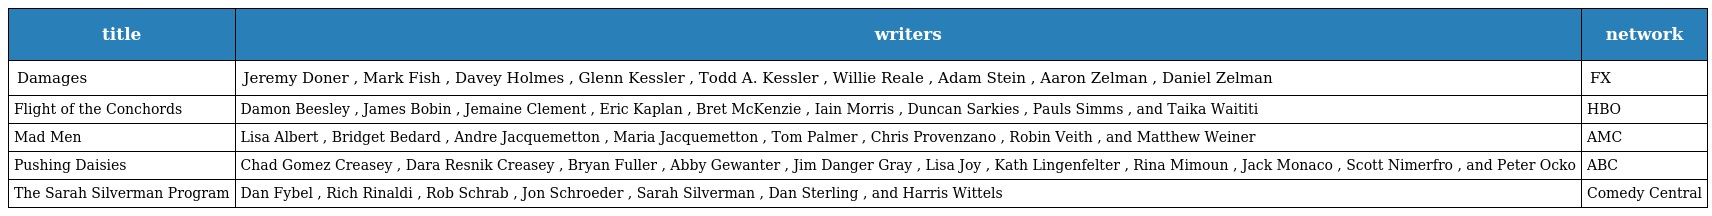
| title | writers | network |
 | --- | --- | --- |
 | Damages | Jeremy Doner , Mark Fish , Davey Holmes , Glenn Kessler , Todd A. Kessler , Willie Reale , Adam Stein , Aaron Zelman , Daniel Zelman | FX |
 | Flight of the Conchords | Damon Beesley , James Bobin , Jemaine Clement , Eric Kaplan , Bret McKenzie , Iain Morris , Duncan Sarkies , Pauls Simms , and Taika Waititi | HBO |
 | Mad Men | Lisa Albert , Bridget Bedard , Andre Jacquemetton , Maria Jacquemetton , Tom Palmer , Chris Provenzano , Robin Veith , and Matthew Weiner | AMC |
 | Pushing Daisies | Chad Gomez Creasey , Dara Resnik Creasey , Bryan Fuller , Abby Gewanter , Jim Danger Gray , Lisa Joy , Kath Lingenfelter , Rina Mimoun , Jack Monaco , Scott Nimerfro , and Peter Ocko | ABC |
 | The Sarah Silverman Program | Dan Fybel , Rich Rinaldi , Rob Schrab , Jon Schroeder , Sarah Silverman , Dan Sterling , and Harris Wittels | Comedy Central |